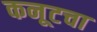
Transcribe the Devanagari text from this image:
कनूटचा